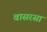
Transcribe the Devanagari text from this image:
वासरसा